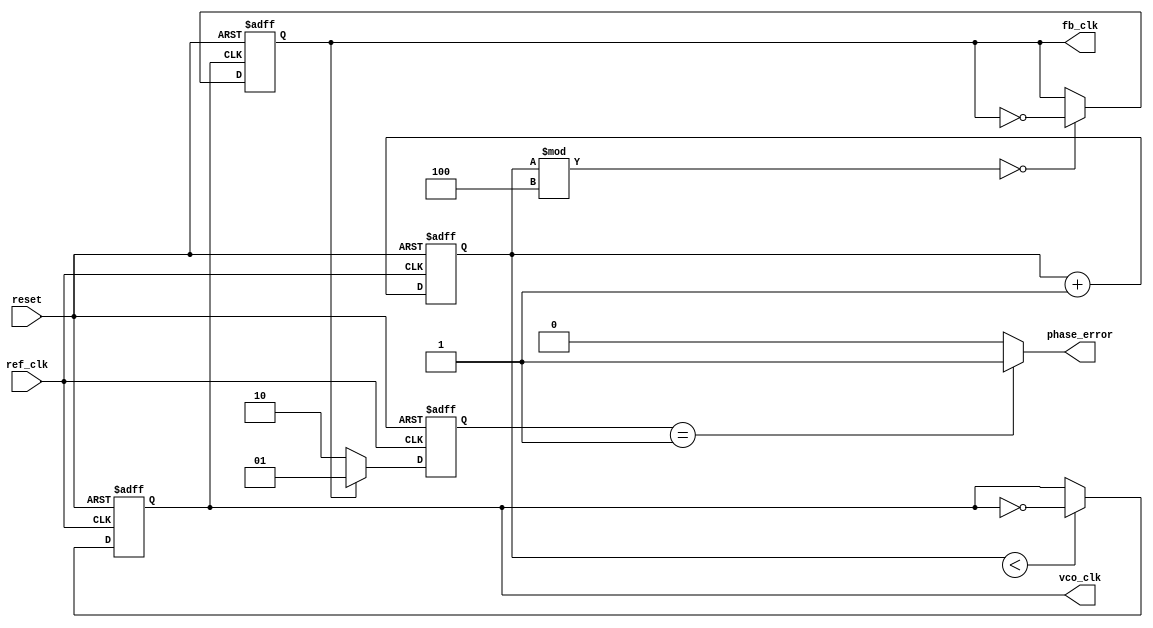
module high_performance_pll (
    input wire ref_clk,          // Reference clock input
    input wire reset,           // Reset signal
    output reg vco_clk,         // VCO output clock
    output reg fb_clk,          // Feedback clock output
    output wire phase_error      // Phase error output
);

    // Parameters for frequency division
    parameter DIV_RATIO = 4;    // Example division ratio

    // Internal signals
    reg [1:0] phase_detector;    // Phase detector output
    reg charge_pump;             // Charge pump output
    reg [7:0] control_voltage;    // Control voltage for VCO
    reg [7:0] loop_filter;       // Loop filter output
    reg [3:0] vco_counter;       // VCO counter for frequency generation

    // Phase Detector (PD)
    always @(posedge ref_clk or posedge reset) begin
        if (reset) begin
            phase_detector <= 2'b00;
        end else begin
            // Simple phase comparison (for illustration)
            if (fb_clk) begin
                phase_detector <= 2'b01; // Feedback clock is leading
            end else begin
                phase_detector <= 2'b10; // Feedback clock is lagging
            end
        end
    end

    // Charge Pump (CP)
    always @(posedge ref_clk or posedge reset) begin
        if (reset) begin
            charge_pump <= 1'b0;
        end else begin
            // Generate charge pump output based on phase detector
            case (phase_detector)
                2'b01: charge_pump <= 1'b1; // Increase control voltage
                2'b10: charge_pump <= 1'b0; // Decrease control voltage
                default: charge_pump <= charge_pump; // Hold
            endcase
        end
    end

    // Loop Filter (LF)
    always @(posedge ref_clk or posedge reset) begin
        if (reset) begin
            loop_filter <= 8'b00000000;
        end else begin
            // Simple integration of charge pump output
            loop_filter <= loop_filter + {7'b0, charge_pump};
        end
    end

    // Voltage-Controlled Oscillator (VCO)
    always @(posedge ref_clk or posedge reset) begin
        if (reset) begin
            vco_counter <= 4'b0000;
            vco_clk <= 1'b0;
        end else begin
            // Simple VCO frequency generation based on control voltage
            if (vco_counter < control_voltage) begin
                vco_clk <= ~vco_clk; // Toggle output clock
            end
            vco_counter <= vco_counter + 1;
        end
    end

    // Frequency Divider (FD)
    always @(posedge vco_clk or posedge reset) begin
        if (reset) begin
            fb_clk <= 1'b0;
        end else begin
            // Divide VCO clock by DIV_RATIO
            fb_clk <= (vco_counter % DIV_RATIO == 0) ? ~fb_clk : fb_clk;
        end
    end

    // Phase Error Output
    assign phase_error = (phase_detector == 2'b01) ? 1'b1 : 1'b0; // Simple phase error indication

endmodule